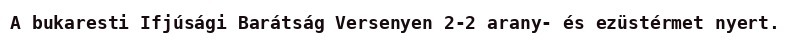
A bukaresti Ifjúsági Barátság Versenyen 2-2 arany- és ezüstérmet nyert.